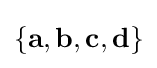
\{\mathbf {a} ,\mathbf {b} ,\mathbf {c} ,\mathbf {d} \}